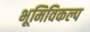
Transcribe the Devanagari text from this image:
भूमिविकल्प